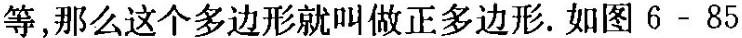
等，那么这个多边形就叫做正多边形。如图6-85